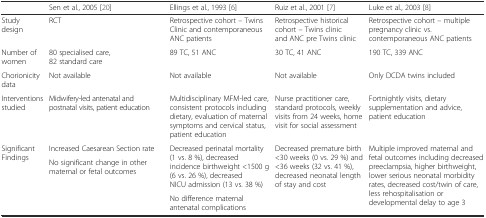
|  | Sen et al., 2005 [20] | Ellings et al., 1993 [6] | Ruiz et al., 2001 [7] | Luke et al., 2003 [8] |
 | --- | --- | --- | --- | --- |
 | Study design | RCT | Retrospective cohort – Twins Clinic and contemporaneous ANC patients | Retrospective historical cohort – Twins clinic and ANC pre Twins clinic | Retrospective cohort – multiple pregnancy clinic vs. contemporaneous ANC patients |
 | Number of women | 80 specialised care, 82 standard care | 89 TC, 51 ANC | 30 TC, 41 ANC | 190 TC, 339 ANC |
 | Chorionicity data | Not available | Not available | Not available | Only DCDA twins included |
 | Interventions studied | Midwifery-led antenatal and postnatal visits, patient education | Multidisciplinary MFM-led care, consistent protocols including dietary, evaluation of maternal symptoms and cervical status, patient education | Nurse practitioner care, standard protocols, weekly visits from 24 weeks, home visit for social assessment | Fortnightly visits, dietary supplementation and advice, patient education |
 | <ROWSPAN=3> Significant Findings | Increased Caesarean Section rate | <ROWSPAN=2> Decreased perinatal mortality (1 vs. 8 %), decreased incidence birthweight <1500 g (6 vs. 26 %), decreased NICU admission (13 vs. 38 %) | <ROWSPAN=3> Decreased premature birth <30 weeks (0 vs. 29 %) and <36 weeks (32 vs. 41 %), decreased neonatal length of stay and cost | <ROWSPAN=3> Multiple improved maternal and fetal outcomes including decreased preeclampsia, higher birthweight, lower serious neonatal morbidity rates, decreased cost/twin of care, less rehospitalisation or developmental delay to age 3 |
 | <ROWSPAN=2> No significant change in other maternal or fetal outcomes |
 | No difference maternal antenatal complications |